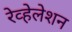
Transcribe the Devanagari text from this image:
रेव्हेलेशन